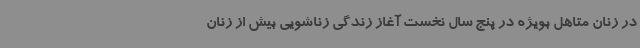
در زنان متاهل بویژه در پنج سال نخست آغاز زندگی زناشویی بیش از زنان